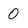
Character: 0